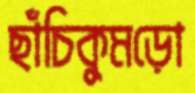
ছাঁচিকুমড়ো